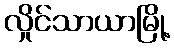
လှိုင်သာယာမြို့